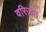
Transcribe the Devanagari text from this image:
वरिज़न्